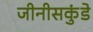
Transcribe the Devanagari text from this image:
जीनीसकुंडे